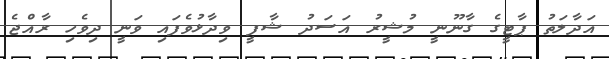
އަދާލަތު ޕާޓީގެ ގާނޫނީ މުޝީރު އަސަދު ޝާފީ ވިދާޅުވެފައި ވަނީ ދިވެހި ރާއްޖެ